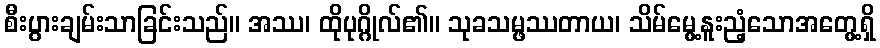
စီးပွားချမ်းသာခြင်းသည်။ အဿ၊ ထိုပုဂ္ဂိုလ်၏။ သုခသမ္ဖဿတာယ၊ သိမ်မွေ့နူးညံ့သောအတွေ့ရှိ